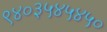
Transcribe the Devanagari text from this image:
९४०३५४५४५०